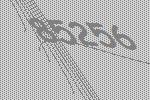
85256